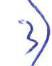
3)